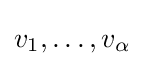
v_{1},\dots ,v_{\alpha }